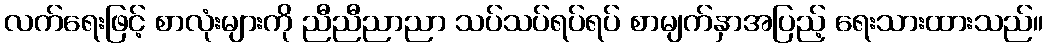
လက်ရေးဖြင့် စာလုံးများကို ညီညီညာညာ သပ်သပ်ရပ်ရပ် စာမျက်နှာအပြည့် ရေးသားထားသည်။